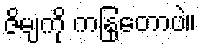
ဇိမျကို ကနြတောပဲ။